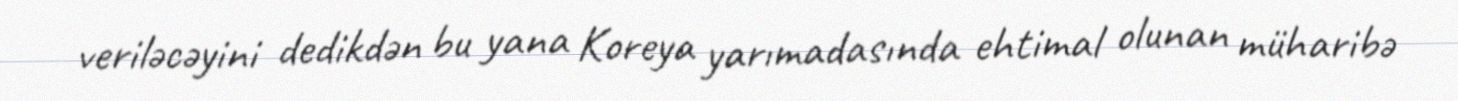
veriləcəyini dedikdən bu yana Koreya yarımadasında ehtimal olunan müharibə